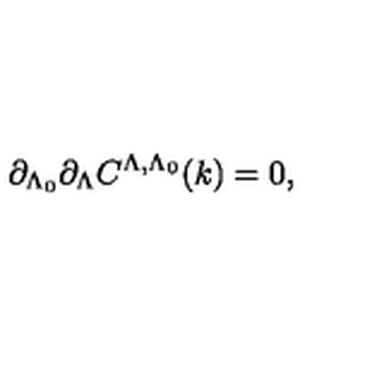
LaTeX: \partial _ { \Lambda _ { 0 } } \partial _ { \Lambda } C ^ { \Lambda , \Lambda _ { 0 } } ( k ) = 0 ,